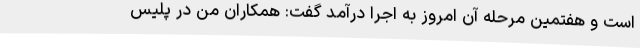
است و هفتمین مرحله آن امروز به اجرا درآمد گفت: همکاران من در پلیس